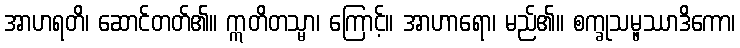
အာဟရတိ၊ ဆောင်တတ်၏။ ဣတိတသ္မာ၊ ကြောင့်။ အာဟာရော၊ မည်၏။ စက္ခုသမ္ဖဿာဒိကော၊